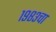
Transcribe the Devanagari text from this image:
१९८३चा